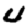
Digit: 0